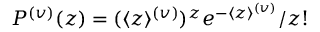
P ^ { ( v ) } ( z ) = { ( \langle z \rangle ^ { ( v ) } ) ^ { z } } e ^ { - \langle z \rangle ^ { ( v ) } } / { z ! }